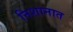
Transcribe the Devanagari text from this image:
निशानात